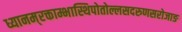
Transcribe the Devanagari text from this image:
ध्यानम्‌रक्ताम्भास्थिपोतोल्लसदरुणसरोजाङ